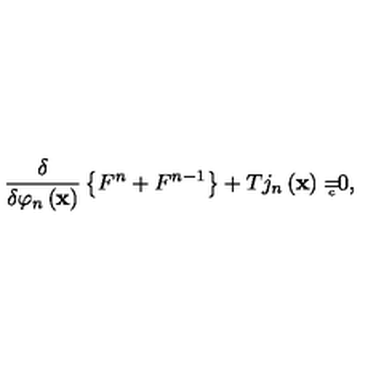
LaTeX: \frac \delta { \delta \varphi _ { n } \left( \mathbf { x } \right) } \left\{ F ^ { n } + F ^ { n - 1 } \right\} + T j _ { n } \left( \mathbf { x } \right) = { } _ { { } _ { \! \! \! \! \! \! \! c } } 0 ,